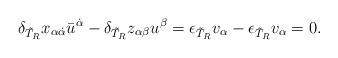
LaTeX: \begin{align*}\delta_{\tilde T_R} x_{\alpha\dot\alpha}\bar u^{\dot\alpha}-\delta_{\tilde T_R} z_{\alpha\beta}u^\beta=\epsilon_{\tilde T_R} v_\alpha-\epsilon_{\tilde T_R} v_\alpha=0.\end{align*}